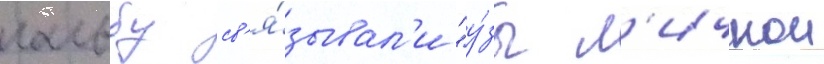
гальбу св'я́зывал'и "у́зы л'ичнои